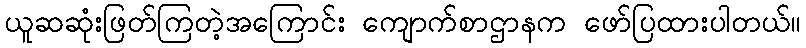
ယူဆဆုံးဖြတ်ကြတဲ့အကြောင်း ကျောက်စာဌာနက ဖော်ပြထားပါတယ်။